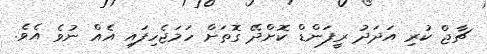
ޗާޖް ކުރި އަދަދު ރީފަންޑް ކޮށްދޭ ގޮތަށް ހަމަޖެހިފައި އެއް ނުވެ އެވެ.